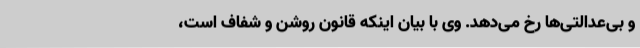
و بی‌عدالتی‌ها رخ می‌دهد. وی با بیان اینکه قانون روشن و شفاف است،